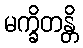
မက္ခိတန္တိ